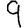
Digit: 9